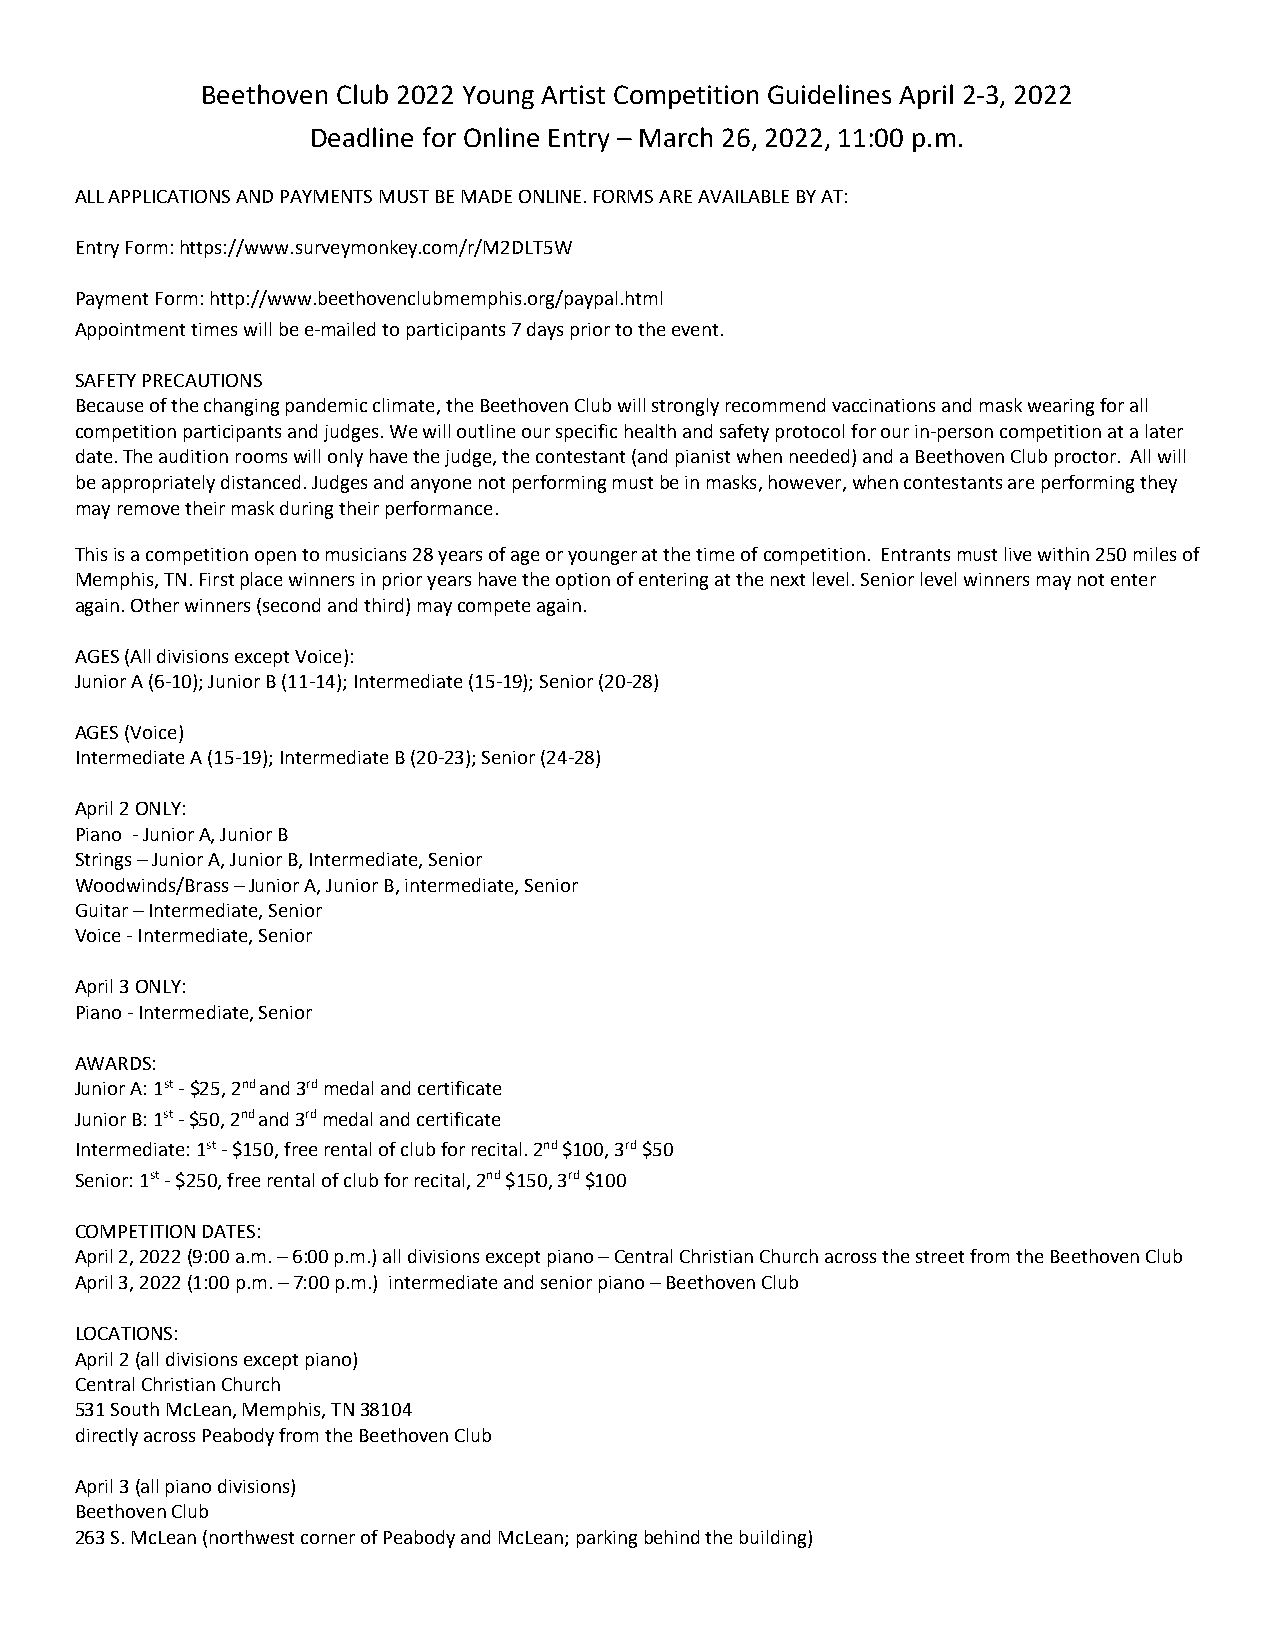
Beethoven Club 2022 Young Artist Competition Guidelines April 2-3, 2022
 Deadline for Online Entry – March 26, 2022, 11:00 p.m.
 ALL APPLICATIONS AND PAYMENTS MUST BE MADE ONLINE. FORMS ARE AVAILABLE BY AT:
 Entry Form: https://www.surveymonkey.com/r/M2DLT5W
 Payment Form: http://www.beethovenclubmemphis.org/paypal.html
 Appointment times will be e-mailed to participants 7 days prior to the event.
 SAFETY PRECAUTIONS
 Because of the changing pandemic climate, the Beethoven Club will strongly recommend vaccinations and mask wearing for all
 competition participants and judges. We will outline our specific health and safety protocol for our in-person competition at a later
 date. The audition rooms will only have the judge, the contestant (and pianist when needed) and a Beethoven Club proctor. All will
 be appropriately distanced. Judges and anyone not performing must be in masks, however, when contestants are performing they
 may remove their mask during their performance.
 This is a competition open to musicians 28 years of age or younger at the time of competition. Entrants must live within 250 miles of
 Memphis, TN. First place winners in prior years have the option of entering at the next level. Senior level winners may not enter
 again. Other winners (second and third) may compete again.
 AGES (All divisions except Voice):
 Junior A (6-10); Junior B (11-14); Intermediate (15-19); Senior (20-28)
 AGES (Voice)
 Intermediate A (15-19); Intermediate B (20-23); Senior (24-28)
 April 2 ONLY:
 Piano - Junior A, Junior B
 Strings – Junior A, Junior B, Intermediate, Senior
 Woodwinds/Brass – Junior A, Junior B, intermediate, Senior
 Guitar – Intermediate, Senior
 Voice - Intermediate, Senior
 April 3 ONLY:
 Piano - Intermediate, Senior
 AWARDS:
 Junior A: 1st - $25, 2nd and 3rd medal and certificate
 Junior B: 1st - $50, 2nd and 3rd medal and certificate
 Intermediate: 1st - $150, free rental of club for recital. 2nd $100, 3rd $50
 Senior: 1st - $250, free rental of club for recital, 2nd $150, 3rd $100
 COMPETITION DATES:
 April 2, 2022 (9:00 a.m. – 6:00 p.m.) all divisions except piano – Central Christian Church across the street from the Beethoven Club
 April 3, 2022 (1:00 p.m. – 7:00 p.m.) intermediate and senior piano – Beethoven Club
 LOCATIONS:
 April 2 (all divisions except piano)
 Central Christian Church
 531 South McLean, Memphis, TN 38104
 directly across Peabody from the Beethoven Club
 April 3 (all piano divisions)
 Beethoven Club
 263 S. McLean (northwest corner of Peabody and McLean; parking behind the building)